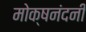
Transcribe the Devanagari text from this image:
मोक्षनंदनी